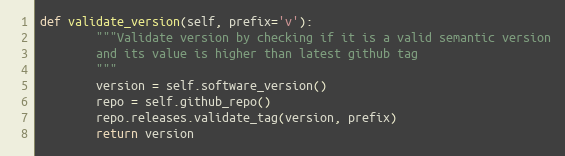
Language: Python
def validate_version(self, prefix='v'):
        """Validate version by checking if it is a valid semantic version
        and its value is higher than latest github tag
        """
        version = self.software_version()
        repo = self.github_repo()
        repo.releases.validate_tag(version, prefix)
        return version